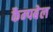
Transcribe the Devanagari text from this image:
कैम्‍पबेल